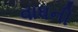
વાધની